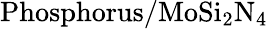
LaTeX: \mathrm{Phosphorus/MoSi_{2}N_{4}}